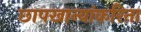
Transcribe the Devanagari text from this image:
छापखान्यांकरिता